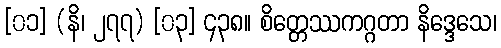
[၀၁] (နိ၊ ၂၇၇) [၀၃] ၄၃၈။ စိတ္တေဿကဂ္ဂတာ နိဒ္ဒေသေ၊